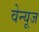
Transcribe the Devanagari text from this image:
वेन्यूज